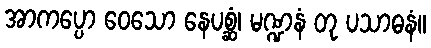
အာကပ္ပော ဝေသော နေပစ္ဆံ၊ မဏ္ဍနံ တု ပသာဓနံ။